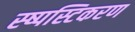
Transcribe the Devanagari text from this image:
स्ष्पस्टिकरण